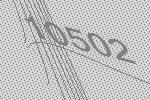
10502